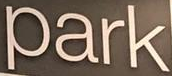
Park